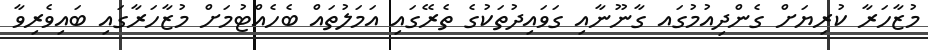
މުޒާހަރާ ކުރިޔަށް ގެންދިއުމުގައ ގާނޫނާއި ގަވައިދުތަކުގެ ތެރޭގައި އަމަލުތައް ބެހެއްޓުމަށް މުޒާހަރާގައި ބައިވެރިވާ